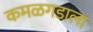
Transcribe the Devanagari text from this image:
कमळगडाला